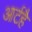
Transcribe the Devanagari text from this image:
आर्टहै